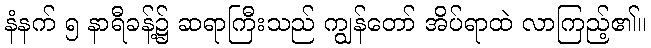
နံနက် ၅ နာရီခန့်၌ ဆရာကြီးသည် ကျွန်တော် အိပ်ရာထဲ လာကြည့်၏။